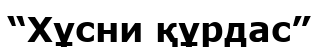
“Хұсни құрдас”